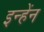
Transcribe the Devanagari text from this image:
इन्हेंन